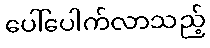
ပေါ်ပေါက်လာသည့်